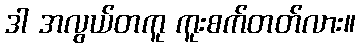
ဒါ အလွယ်တကူ ကူးစက်တတ်လား။